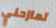
تمازحني